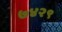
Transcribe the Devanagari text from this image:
७४२९